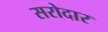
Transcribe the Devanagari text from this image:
सरोदार